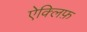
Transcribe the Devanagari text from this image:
ऐक्लिफ़